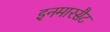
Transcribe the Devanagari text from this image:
इनमारसैट